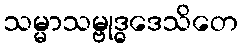
သမ္မာသမ္ဗုဒ္ဓဒေသိတေ